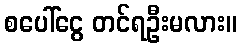
စပေါ်ငွေ တင်ရဦးမလား။